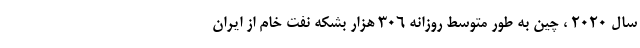
سال 2020 ، چین به طور متوسط روزانه 306 هزار بشکه نفت خام از ایران